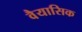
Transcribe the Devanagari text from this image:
वैयासिक